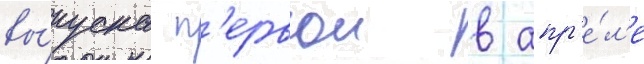
вы́пуска п'ервои в апр'е́л'е